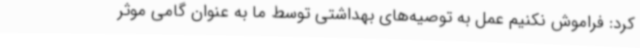
کرد: فراموش نکنیم عمل به توصیه‌های بهداشتی توسط ما به عنوان گامی موثر